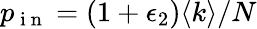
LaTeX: p_{\mathrm{~i~n~}}=(1+\epsilon_{2})\langle k\rangle/N